Indian journal of veterinary science and animal husbandry - Volume 3,
Year: 1933
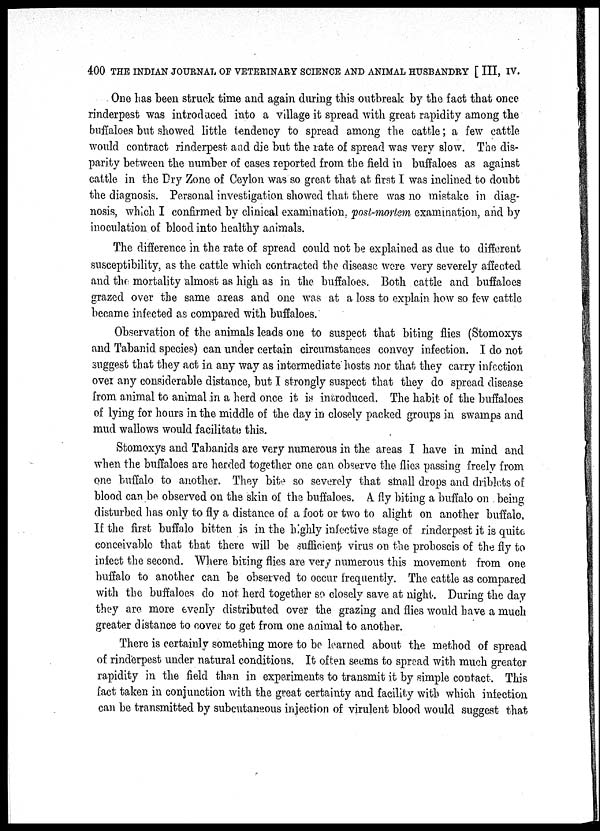
400 THE INDIAN JOURNAL OF VETERINARY SCIENCE AND ANIMAL HUSBANDRY [ III, IV.
One has been struck time and again during this outbreak by the fact that once
rinderpest was introduced into a village it spread with great rapidity among the
buffaloes but showed little tendency to spread among the cattle ; a few cattle
would contract rinderpest and die but the rate of spread was very slow. The dis-
parity between the number of cases reported from the field in buffaloes as against
cattle in the Dry Zone of Ceylon was so great that at first I was inclined to doubt
the diagnosis. Personal investigation showed that there was no mistake in diag-
nosis, which I confirmed by clinical examination, post-mortem examination, and by
inoculation of blood into healthy animals.
The difference in the rate of spread could not be explained as due to different
susceptibility, as the cattle which contracted the disease, were very severely affected
and the mortality almost as high as in the buffaloes. Both cattle and buffaloes
grazed over the same areas and one was at a loss to explain how so few cattle
became infected as compared with buffaloes.
Observation of the animals leads one to suspect that biting flies (Stomoxys
and Tabanid species) can under certain circumstances convey infection. I do not
suggest that they act in any way as intermediate hosts nor that they carry infection
over any considerable distance, but I strongly suspect that they do spread disease
from animal to animal in a herd once it is introduced. The habit of the buffaloes
of lying for hours in the middle of the day in closely packed groups in swamps and
mud wallows would facilitate this.
Stomoxys and Tabanids are very numerous in the areas I have in mind and
when the buffaloes are herded together one can observe the flies passing freely from
one buffalo to another. They bite so severely that small drops and driblets of
blood can be observed on the skin of the buffaloes. A fly biting a buffalo on being
disturbed has only to fly a distance of a foot or two to alight on another buffalo,
If the first buffalo bitten is in the highly infective stage of rinderpest it is quite
conceivable that that there will be sufficient virus on the proboscis of the fly to
infect the second. Where biting flies are very numerous this movement from one
buffalo to another can be observed to occur frequently. The cattle as compared
with the buffaloes do not herd together so closely save at night. During the day
they are more evenly distributed over the grazing and flies would have a much
greater distance to cover to get from one animal to another.
There is certainly something more to be learned about the method of spread
of rinderpest under natural conditions. It often seems to spread with much greater
rapidity in the field than in experiments to transmit it by simple contact. This
fact taken in conjunction with the great certainty and facility with which infection
can be transmitted by subcutaneous injection of virulent blood would suggest that